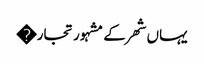
یہاں شھر کے مشہور تجار�